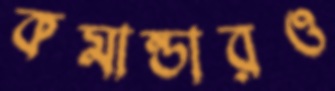
কমান্ডারও